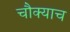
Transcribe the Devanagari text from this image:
चौक्याच